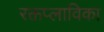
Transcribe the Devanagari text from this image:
रक्तप्लाविका